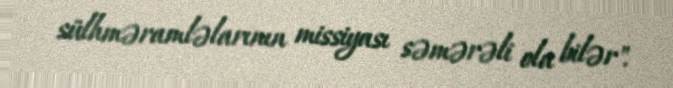
sülhməramləlarının missiyası səmərəli ola bilər".